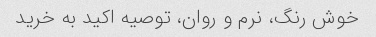
خوش رنگ، نرم و روان، توصیه اکید به خرید